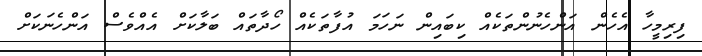
ފިރިމީހާ އެހެން އަންހެނުންތަކެއް ކިބައިން ނަހަމަ އުފާތަކެއް ހޯދާތައް ބަލާކަށް އެއްވެސް އަންހެނަކަށް